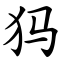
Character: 犸